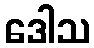
ဒေါသ